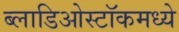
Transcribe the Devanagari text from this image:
ब्लाडिओस्टॉकमध्ये